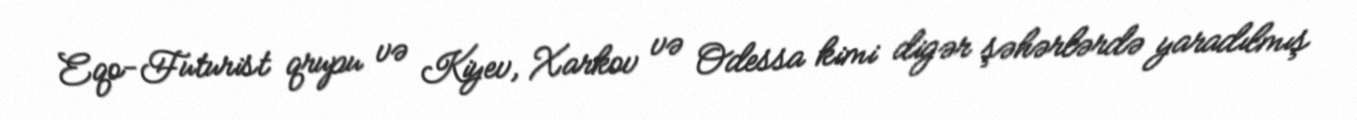
Eqo-Futurist qrupu və Kiyev, Xarkov və Odessa kimi digər şəhərlərdə yaradılmış